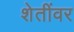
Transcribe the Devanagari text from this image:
शेतींवर